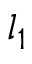
l _ { 1 }